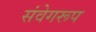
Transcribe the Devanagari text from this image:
संवेगरूप